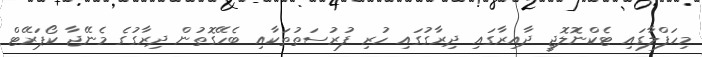
މިހަފްލާގައި ޓެކްނޮލޮޖީ ދާއިރާގައި ދިރާގުގައި ހުރި ފުރުސަތުތަކާއި ބެހޭގޮތުން ދިރާގުގެ މެނޭޖާ ކޯޕަރޭޓް